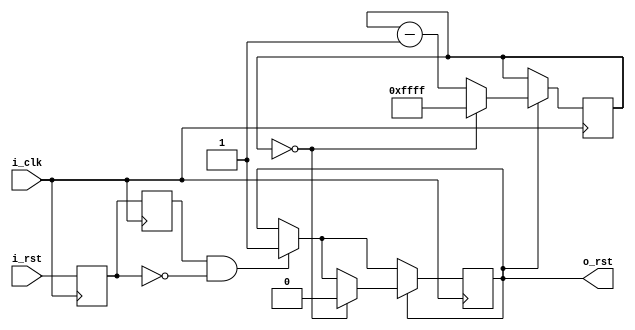
module debouncer (
    input wire i_clk,  // clock
    input wire i_rst,  // reset, ACTIVE HIGH
    output wire o_rst
  );

  reg r_last_rst = 1;
  reg r_rst = 1;
  reg rst_en = 0;
  reg [15:0] r_debouncer_counter = 65535;
  assign o_rst = rst_en;
  
  /* Sequential Logic */
  always @( posedge i_clk ) begin
    
    r_rst <= i_rst; 
    r_last_rst <= r_rst;
    
    // If r_last_rst changed
    if(r_last_rst == 1 && r_rst == 0) begin
    
      rst_en <= 1;
    
    end
    
    if(rst_en) begin
    
      if ( r_debouncer_counter == 0) begin
        r_debouncer_counter <= 65535;
        rst_en <= 0;
      end else begin
        r_debouncer_counter <= r_debouncer_counter - 1;
      end
    
    end
    
  end
  
endmodule